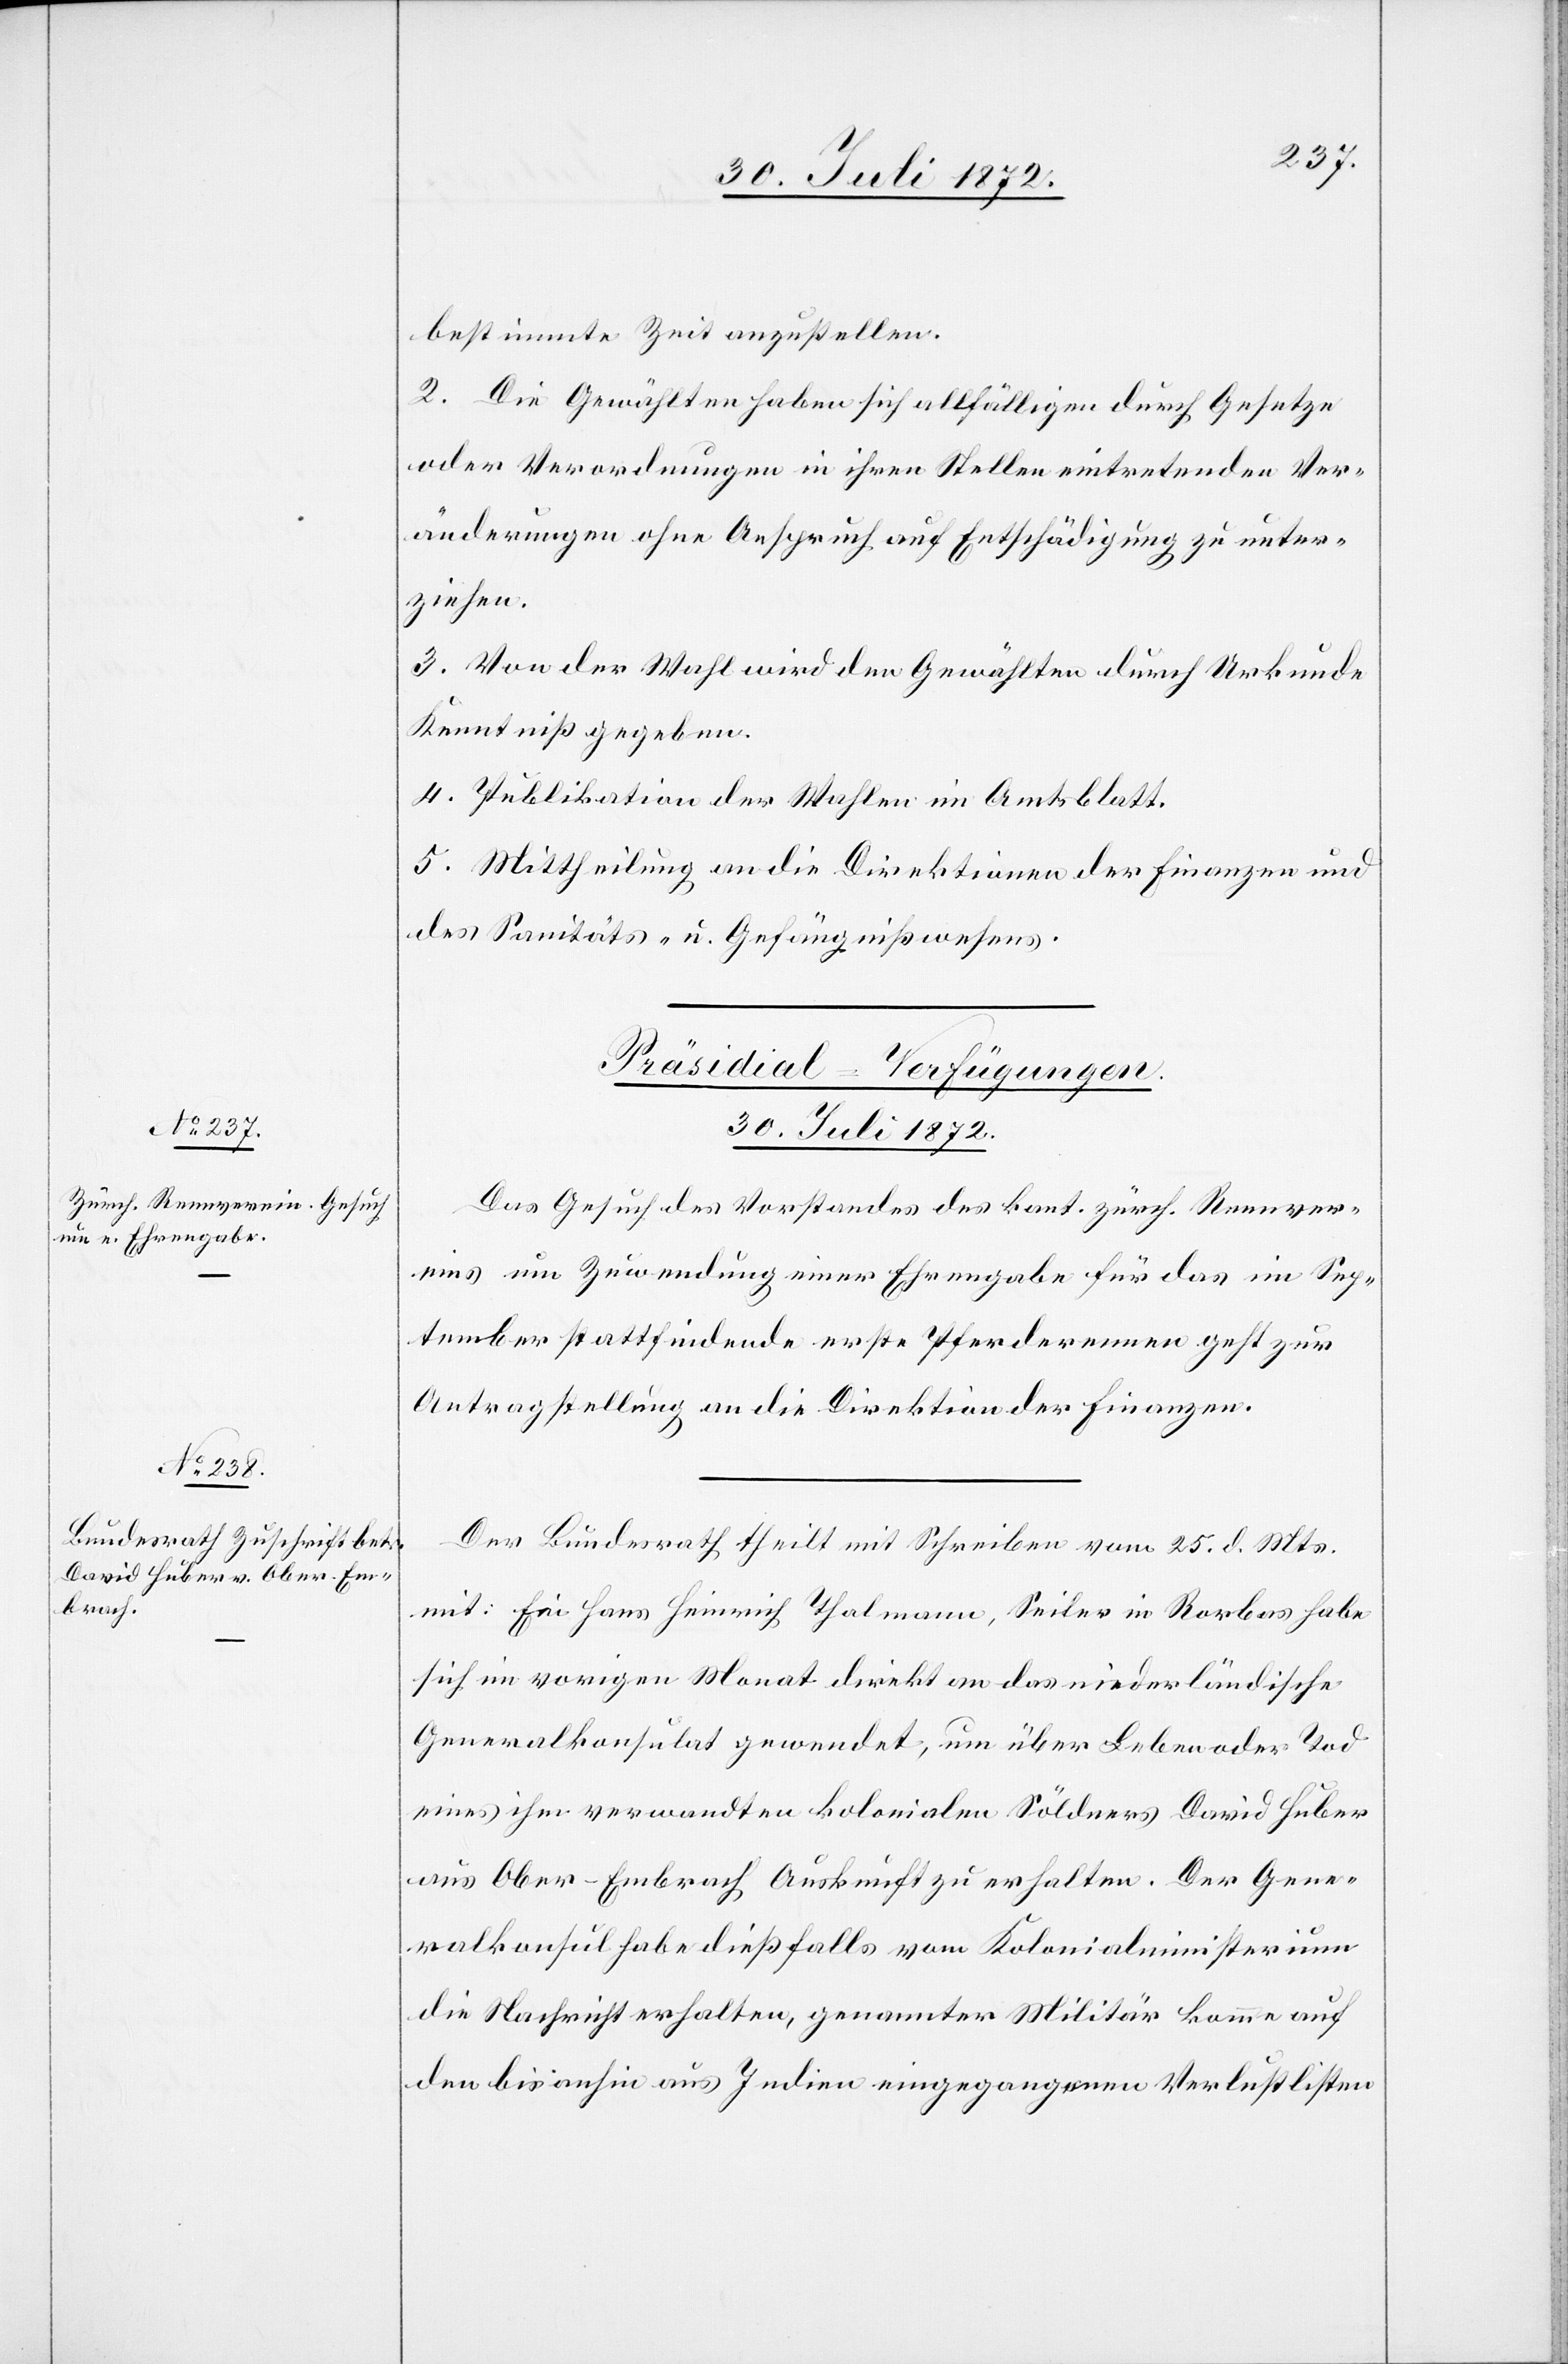
30. Juli 1872.]
bestimmte Zeit anzustellen.
2. Die Gewählten haben sich allfälligen durch Gesetze
oder Verordnungen in ihren Stellen eintretenden Ver¬
änderungen ohne Anspruch auf Entschädigung zu unter¬
ziehen.
3. Von der Wahl wird den Gewählten durch Urkunde
Kenntniß gegeben.
4. Publikation der Wahlen im Amtsblatt.
5. Mittheilung an die Direktionen der Finanzen und
des Sanitäts- u. Gefängnißwesens.
[Präsidial-Verfügungen.
30. Juli 1872.
Das Gesuch des Vorstandes des kant. zürch. Rennver¬
eins um Zuwendung einer Ehrengabe für das im Sep¬
tember stattfindende erste Pferderennen geht zur
Antragstellung an die Direktion der Finanzen.
Der Bundesrath theilt mit Schreiben vom 25. d. Mts.
mit: Ein Hans Heinrich Thalmann, Seiler in Rorbas habe
sich im vorigen Monat direkt an das niederländische
Generalkonsulat gewendet, um über Leben oder Tod
eines ihm verwandten kolonialen Söldners David Huber
aus Ober-Embrach Auskunft zu erhalten. Der Gene¬
ralkonsul habe dießfalls vom Kolonialministerium
die Nachricht erhalten, genannter Militär komme auf
den bis anhin aus Indien eingegangenen Verlustlisten